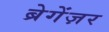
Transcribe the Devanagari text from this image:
ब्रेगेंज़र